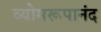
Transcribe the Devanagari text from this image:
व्योमरूपानंद